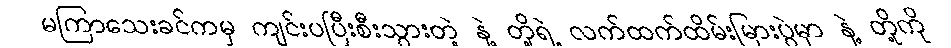
မကြာသေးခင်ကမှ ကျင်းပပြီးစီးသွားတဲ့ နဲ့ တို့ရဲ့ လက်ထက်ထိမ်းမြားပွဲမှာ နဲ့ တို့ကို